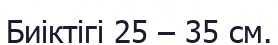
Биіктігі 25 – 35 см.